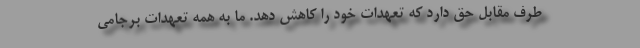
طرف مقابل حق دارد که تعهدات خود را کاهش دهد. ما به همه تعهدات برجامی